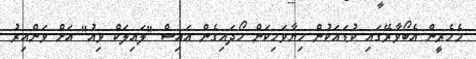
މެހެރީން އެބޯވާރޭގައި ކުޑައަކުން ހިޔާވަހިކަން ހޯދައިގެން އައިސް "ލައިލަކް ވިއު" އަށް ވަންއިރު